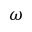
\omega